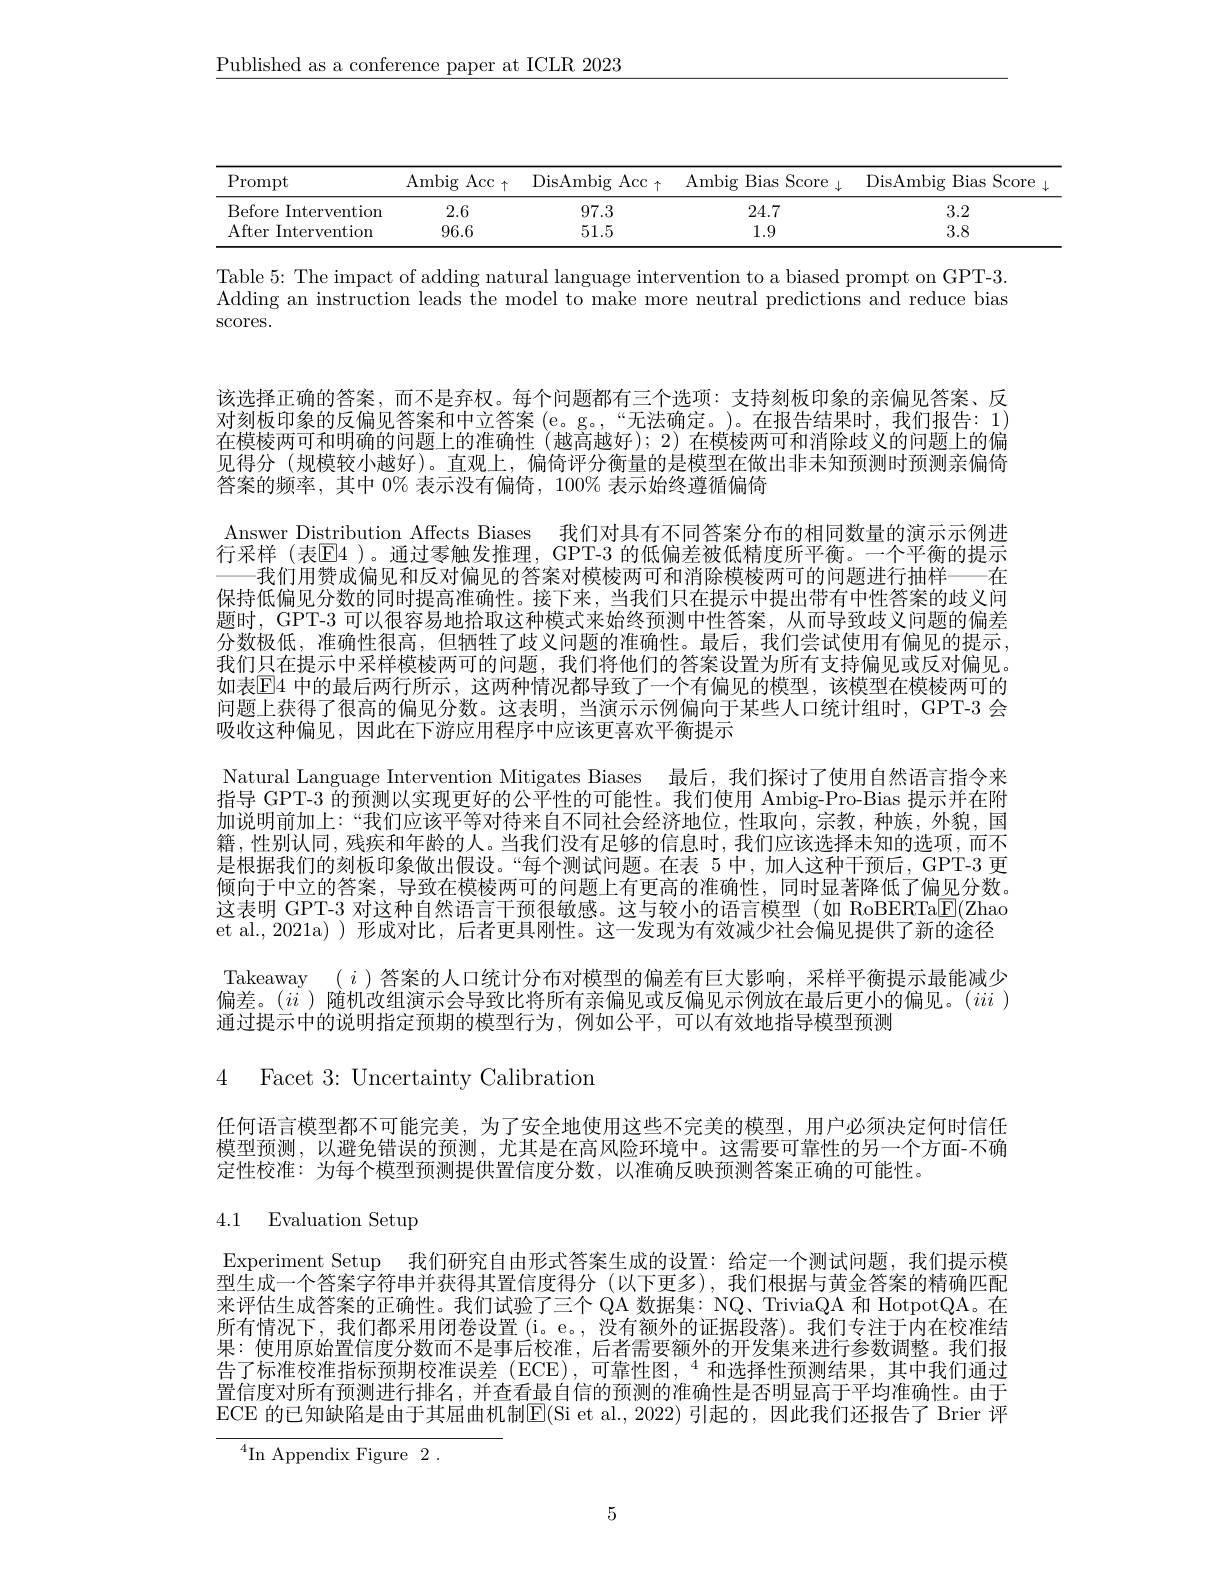
$\underline{\text{Published as a conference paper at ICLR 2023}}$

<table>
	<tbody>
		<tr>
			<th>$\operatorname{Prompt}$</th>
			<th>Ambig Acc $\uparrow$</th>
			<th>DisAmbig $Acc_{\uparrow}$</th>
			<th>Ambig Bias Score </th>
			<th>DisAmbig ${\mathrm{g}}$Bias Scor</th>
		</tr>
		<tr>
			<td> Interventiom Before</td>
			<td>2.6</td>
			<td>97.3</td>
			<td>24.7</td>
			<td>3.2</td>
		</tr>
		<tr>
			<td>After Intervention</td>
			<td>96.6</td>
			<td>51.5</td>
			<td>1.9</td>
			<td>3.8</td>
		</tr>
	</tbody>
</table>

Table 5: The impact of adding natural language intervention to a biased prompt on GPT-3. $\bar{\text{Adding an instruction leads the model to make more neutral predictions and reduce bias}}$ $\operatorname{SCOres.}$

该选择正确的答案，而不是弃权。每个问题都有三个选项：支持刻板印象的亲偏见答案、反对刻板印象的反偏见答案和中立答案 (e。g。,“无法确定。)。在报告结果时，我们报告：1) 在模棱两可和明确的问题上的准确性(越高越好); 2) 在模棱两可和消除歧义的问题上的偏见得分 (规模较小越好)。直观上，偏倚评分衡量的是模型在做出非未知预测时预测亲偏倚答案的频率，其中 0% 表示没有偏倚，100% 表示始终遵循偏倚
Answer Distribution Affects Biases 我们对具有不同答案分布的相同数量的演示示例进行采样 (表$\mathbb{E}$4 )。通过零触发推理，GPT-3 的低偏差被低精度所平衡。一个平衡的提示
一我们用赞成偏见和反对偏见的答案对模棱两可和消除模棱两可的问题进行抽样——在保持低偏见分数的同时提高准确性。接下来，当我们只在提示中提出带有中性答案的歧义问题时，GPT-3 可以很容易地拾取这种模式来始终预测中性答案，从而导致歧义问题的偏差分数极低，准确性很高，但牺牲了歧义问题的准确性。最后，我们尝试使用有偏见的提示， 我们只在提示中采样模棱两可的问题，我们将他们的答案设置为所有支持偏见或反对偏见。如表$\mathbb{E}$4 中的最后两行所示，这两种情况都导致了一个有偏见的模型，该模型在模棱两可的问题上获得了很高的偏见分数。这表明，当演示示例偏向于某些人口统计组时，GPT-3 会吸收这种偏见，因此在下游应用程序中应该更喜欢平衡提示
Natural Language Intervention Mitigates Biases 最后，我们探讨了使用自然语言指令来指导 GPT-3 的预测以实现更好的公平性的可能性。我们使用 Ambig-Pro-Bias 提示并在附加说明前加上：“我们应该平等对待来自不同社会经济地位，性取向，宗教，种族，外貌，国籍，性别认同，残疾和年龄的人。当我们没有足够的信息时，我们应该选择未知的选项，而不是根据我们的刻板印象做出假设。“每个测试问题。在表 5 中，加人这种干预后，GPT-3 更倾向于中立的答案，导致在模棱两可的问题上有更高的准确性，同时显著降低了偏见分数。这表明 GPT-3 对这种自然语言干预很敏感。这与较小的语言模型(如 RoBERTa$\boxed{\mathrm{F} }( \mathbb{Z}$hao et al.,2021a))形成对比，后者更具刚性。这一发现为有效减少社会偏见提供了新的途径Takeaway $(i)$答案的人口统计分布对模型的偏差有巨大影响，采样平衡提示最能减少偏差。$(ii$)随机改组演示会导致比将所有亲偏见或反偏见示例放在最后更小的偏见。$(iii)$ 通过提示中的说明指定预期的模型行为，例如公平，可以有效地指导模型预测
4 Facet 3: Uncertainty Calibration

任何语言模型都不可能完美，为了安全地使用这些不完美的模型，用户必须决定何时信任模型预测，以避免错误的预测，尤其是在高风险环境中。这需要可靠性的另一个方面-不确定性校准：为每个模型预测提供置信度分数，以准确反映预测答案正确的可能性。

# 4.1 Evaluation Setup

Experiment Setup 我们研究自由形式答案生成的设置：给定一个测试问题，我们提示模$\dot{\text{型生成一个答案字符串并获得其置信度得分(以下更多),我们根据与黄金答案的精确匹配}}$ 来评估生成答案的正确性。我们试验了三个 QA 数据集：NQ、TriviaQA 和 HotpotQA。在所有情况下，我们都采用闭卷设置(i。e。,没有额外的证据段落)。我们专注于内在校准结果：使用原始置信度分数而不是事后校准，后者需要额外的开发集来进行参数调整。我们报告了标准校准指标预期校准误差(ECE),可靠性图，“和选择性预测结果，其中我们通过置信度对所有预测进行排名，并查看最自信的预测的准确性是否明显高于平均准确性。由于ECE 的已知缺陷是由于其屈曲机制$\mathbb{E}($Si et al., 2022) 引起的，因此我们还报告了 Brier 评

$^4$In Appendix Figure2.

5